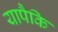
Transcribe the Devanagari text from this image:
यापैकि